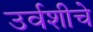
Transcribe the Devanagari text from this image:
उर्वशीचे